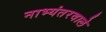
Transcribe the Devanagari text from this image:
नाभ्यंतरवाले